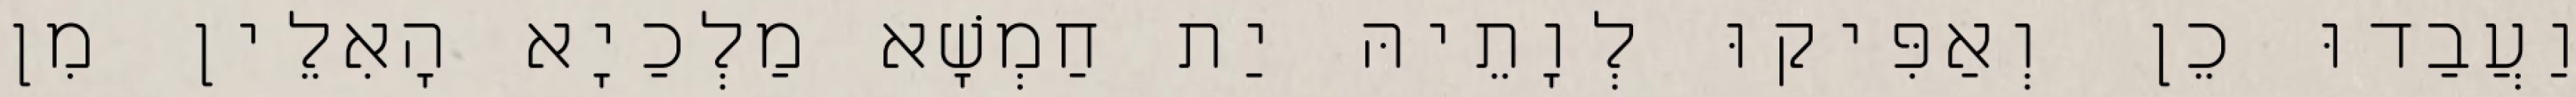
וַעֲבַדוּ כֵן וְאַפִּיקוּ לְוָתֵיהּ יַת חַמְשָׁא מַלְכַיָא הָאִלֵין מִן